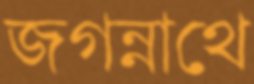
জগন্নাথে